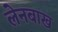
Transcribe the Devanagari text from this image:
लेनबाख